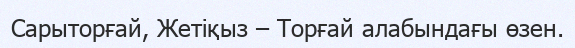
Сарыторғай, Жетіқыз – Торғай алабындағы өзен.